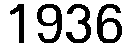
1936